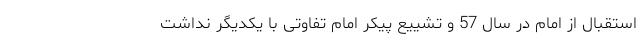
استقبال از امام در سال 57 و تشییع پیکر امام تفاوتی با یکدیگر نداشت